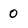
Character: 0